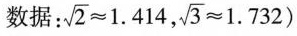
数据： $$\sqrt{2} ≈ 1 . 4 1 4$$,$$\sqrt{3} ≈ 1 . 7 3 2$$)